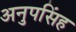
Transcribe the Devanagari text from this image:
अनुपसिंह